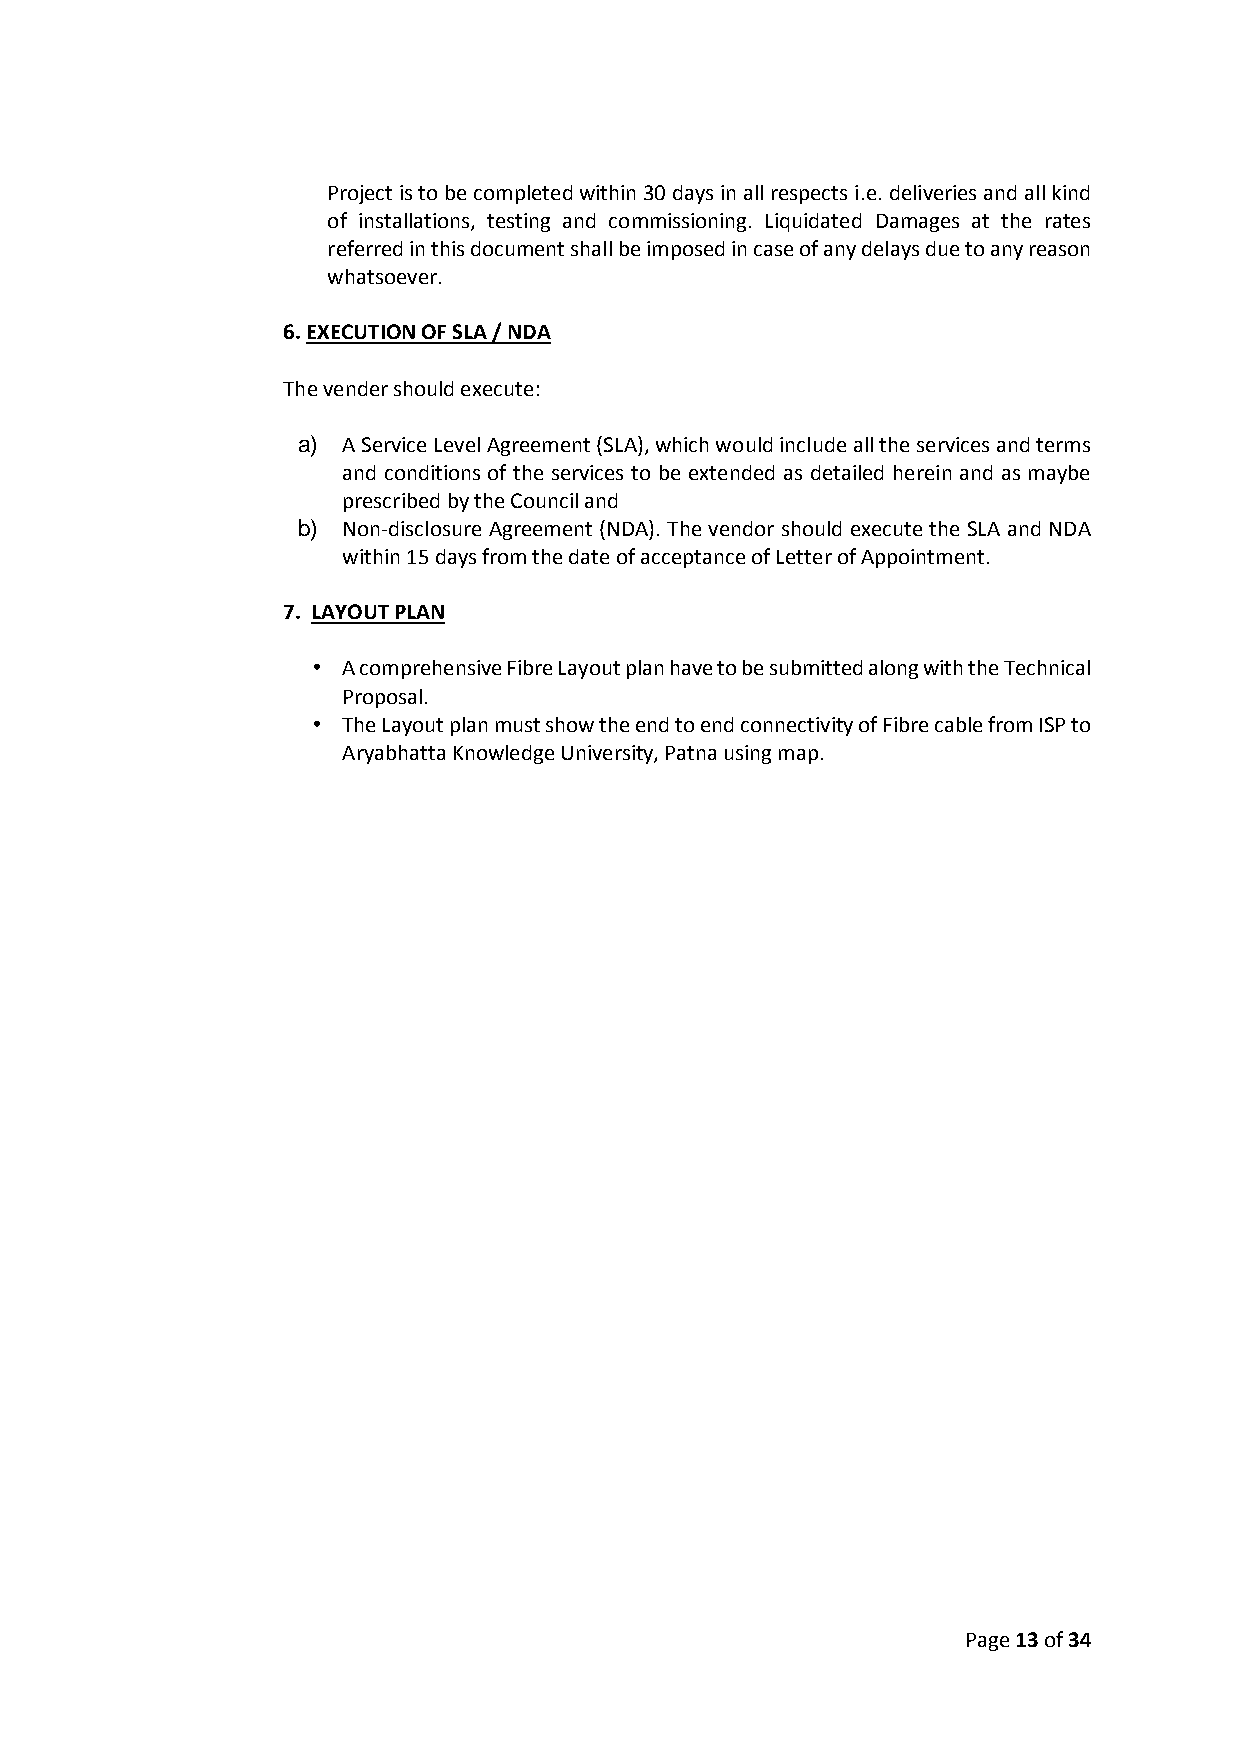
Project is to be completed within 30 days in all respects i.e. deliveries and all kind
 of installations, testing and commissioning. Liquidated Damages at the rates
 referred in this document shall be imposed in case of any delays due to any reason
 whatsoever.
 6. EXECUTION OF SLA / NDA
 The vender should execute:
 a) A Service Level Agreement (SLA), which would include all the services and terms
 and conditions of the services to be extended as detailed herein and as maybe
 prescribed by the Council and
 b) Non-disclosure Agreement (NDA). The vendor should execute the SLA and NDA
 within 15 days from the date of acceptance of Letter of Appointment.
 7. LAYOUT PLAN
 • A comprehensive Fibre Layout plan have to be submitted along with the Technical
 Proposal.
 • The Layout plan must show the end to end connectivity of Fibre cable from ISP to
 Aryabhatta Knowledge University, Patna using map.
 Page 13 of 34